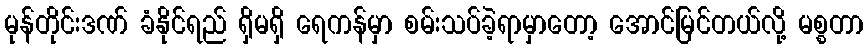
မုန်တိုင်းဒဏ် ခံနိုင်ရည် ရှိမရှိ ရေကန်မှာ စမ်းသပ်ခဲ့ရာမှာတော့ အောင်မြင်တယ်လို့ မစ္စတာ